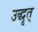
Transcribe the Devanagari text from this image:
उद्धृत्